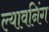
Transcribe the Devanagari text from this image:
ल्यावनिंग